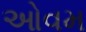
ઓવમ